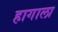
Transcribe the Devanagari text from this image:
हागाला